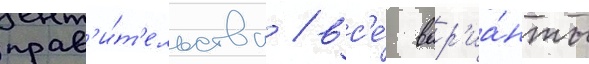
прав'и́т'ельства / вс'е́ вар'иа́нты